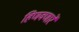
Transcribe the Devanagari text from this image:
हिणवणारे